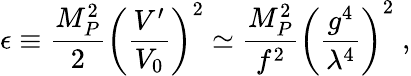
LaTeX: \epsilon\equiv\frac{M_{P}^{2}}{2}\left(\frac{V^{\prime}}{V_{0}}\right)^{2}\simeq\frac{M_{P}^{2}}{f^{2}}\left(\frac{g^{4}}{\lambda^{4}}\right)^{2}\; ,